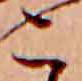
こ